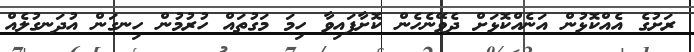
ރަށުގެ އެއްކޮޅުން އަނެއްކޮޅަށް ދެވޭނެހެން ކޮށާފައިވާ ހިމަ މަގުތައް ހުރުމުން ހިނގަން އުދަނގުލެއް